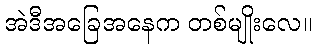
အဲဒီအခြေအနေက တစ်မျိုးလေ။